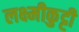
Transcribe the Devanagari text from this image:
लक्ष्मीकुट्टी